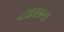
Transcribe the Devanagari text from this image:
गोठवलेल्या